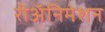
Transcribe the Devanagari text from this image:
रीअॅनिमेशन